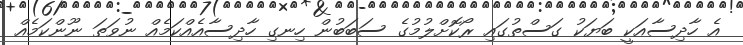
އެ ހާދިސާއަކީ ބަޔަކު ގަސްތުގައި ރޯކޮށްލުމުގެ ސަބަބުން ހިނގި ހާދިސާއެއްކަމެއް ނުވަތަ ނޫންކަމެއް